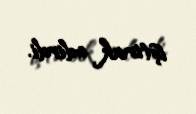
iştirak edirdi.